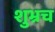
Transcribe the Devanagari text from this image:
शुभ्रच